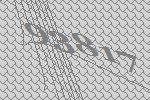
93817